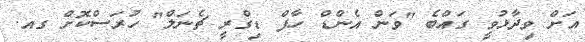
އަށް ވިދާޅުވީ ގައްބެ "ވަން އެންޑް ހާފް ޑިގްރީ ޗެނަލް" ހުރަސްކޮށް ގއ.